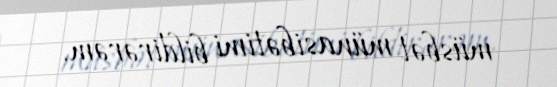
müsbət münasibətimi bildirərəm.